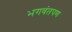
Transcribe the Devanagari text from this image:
भगवंतपण